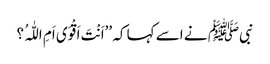
نبیﷺ نے اسے کہا کہ ’’اَنْتَ اَقْوَی اَمِ اللّٰہُ ؟